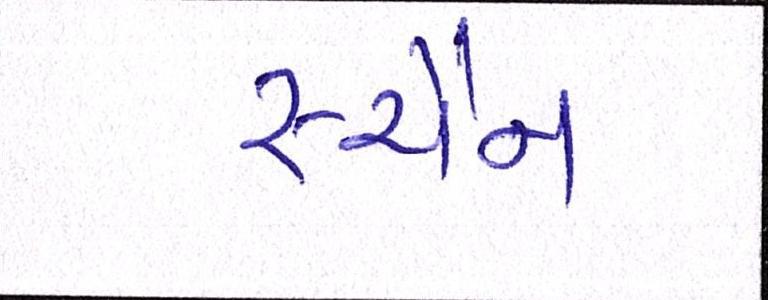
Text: સ્ચૈન